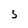
Character: 3